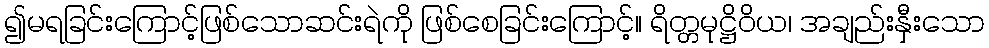
၍မရခြင်းကြောင့်ဖြစ်သောဆင်းရဲကို ဖြစ်စေခြင်းကြောင့်။ ရိတ္တမုဋ္ဌိဝိယ၊ အချည်းနှီးသော